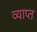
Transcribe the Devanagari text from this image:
व्याप्‍त